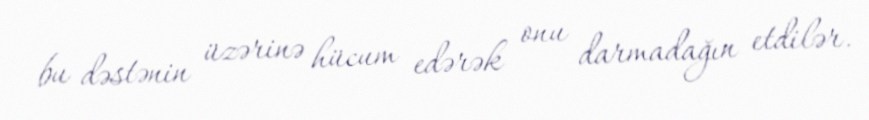
bu dəstənin üzərinə hücum edərək onu darmadağın etdilər.